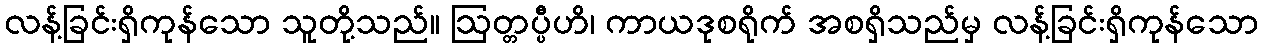
လန့်ခြင်းရှိကုန်သော သူတို့သည်။ ဩတ္တပ္ပီဟိ၊ ကာယဒုစရိုက် အစရှိသည်မှ လန့်ခြင်းရှိကုန်သော